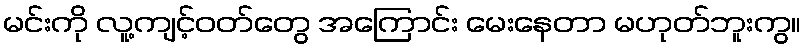
မင်းကို လူ့ကျင့်ဝတ်တွေ အကြောင်း မေးနေတာ မဟုတ်ဘူးကွ။